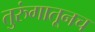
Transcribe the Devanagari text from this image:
तुरुंगातूनच